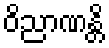
ဝိညာဏန္တိ